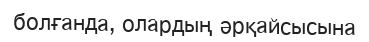
болғанда, олардың әрқайсысына